Report on the bubonic plague in Bombay, 1896-1897
Year: 1896
Disease focus: Plague
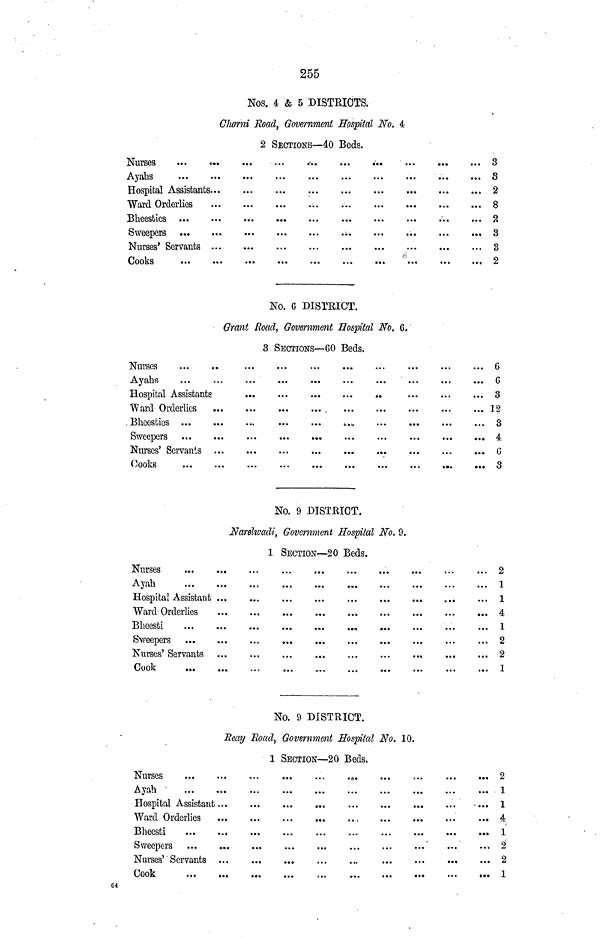
255
Nos. 4 & 5 DISTRICTS.
Cliarni Road, Government Hospital No. 4
2 SECTIONS—40 Beds.
Nurses
Ayahs
Hospital Assistants
Ward Orderlies
Bheesties ...
Sweepers ...
Nurses' Servants
Cooks ...
...
...
...
...
...
...
...
...
...
...
...
...
...
...
...
...
...
...
...
...
...
...
...
...
...
...
...
...
...
...
...
...
...
...
...
...
...
...
...
...
...
...
...
...
...
...
...
...
...
...
...
...
...
...
...
...
...
...
...
...
...
...
...
...
...
...
...
...
...
...
...
...
3
3
2
8
2
3
3
2
No. 6 DISTRICT.
Grant Road, Government Hospital No. 6.
3 SECTIONS—60 Beds.
Nurses ...
Ayahs ...
Hospital Assistant
Ward Orderlies
Bheesties ...
Sweepers ...
Nurses' Servants
Cooks ...
...
...
...
...
...
...
...
...
...
...
...
...
...
...
...
...
...
...
...
...
...
...
...
...
...
...
...
...
...
...
...
...
...
...
...
...
...
...
...
...
...
...
...
...
...
...
...
...
...
...
...
...
...
...
...
...
...
...
...
...
...
...
...
...
...
...
...
...
...
...
...
6
6
3
12
3
4
6
3
No. 9 DISTRICT.
Narelwadi, Government Hospital No. 9.
1 SECTION—20 Beds.
Nurses ...
Ayah ...
Hospital Assistant
Ward Orderlies
Bheesti
Sweepers ...
Nurses' Servants
Cook ...
...
...
...
...
...
...
...
...
...
...
...
...
...
...
...
....
...
....
...
...
...
...
...
...
...
...
...
...
...
...
...
...
...
...
...
...
...
...
...
...
...
...
...
...
...
...
...
...
...
...
...
...
...
...
...
...
...
...
...
....
...
...
...
...
... 2
... 1
... 1
... 4
... 1
... 2
... 2
... 1
No. 9 DISTRICT.
Rcay Road, Government Hospital No. 10.
1 SECTION—20 Beds.
Nurses ...
Ayah ...
Hospital Assistant
Ward Orderlies
Bhecsti ...
Sweepers ...
Nurses' Servants
Cook ...
...
...
...
...
...
...
...
...
...
...
...
...
...
...
...
...
...
...
...
...
...
...
...
...
...
...
...
...
...
...
...
...
...
...
...
...
...
...
...
....
...
...
...
...
...
...
...
...
...
...
...
...
...
...
....
...
....
...
...
...
...
...
...
...
... 2
... 1
... 1
... 4
... 1
... 2
... 2
... 1